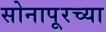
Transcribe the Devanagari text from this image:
सोनापूरच्या